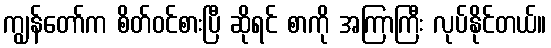
ကျွန်တော်က စိတ်ဝင်စားပြီ ဆိုရင် စာကို အကြာကြီး လုပ်နိုင်တယ်။